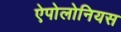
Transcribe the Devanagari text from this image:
ऐपोलोनियस